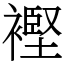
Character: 𧜶